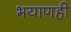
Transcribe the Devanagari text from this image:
भयाणही